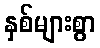
နှစ်များစွာ